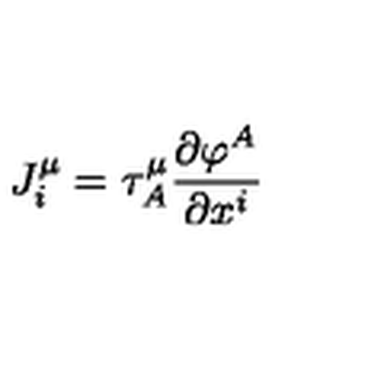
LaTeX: J _ { i } ^ { \mu } = \tau _ { A } ^ { \mu } \frac { \partial \varphi ^ { A } } { \partial x ^ { i } }